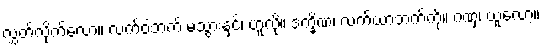
လွှတ်လိုက်လော့။ လက်ဝဲဘက် မသွားနှင့်၊ ဟူလို။ ဒက္ခိဏံ၊ လက်ယာဘက်ကို။ ဂဏှ၊ ယူလော့။